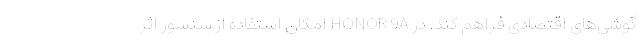
گوشی‌های اقتصادی فراهم کند. در HONOR 9A امکان استفاده از سنسور اثر